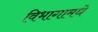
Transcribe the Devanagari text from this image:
विभागामधे